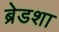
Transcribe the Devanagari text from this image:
ब्रेडशा